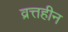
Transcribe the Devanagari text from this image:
व्रत्तहीन